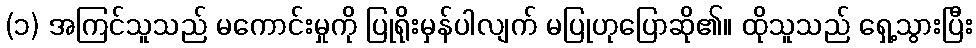
(၁) အကြင်သူသည် မကောင်းမှုကို ပြုရိုးမှန်ပါလျက် မပြုဟုပြောဆို၏။ ထိုသူသည် ရှေ့သွားပြီး